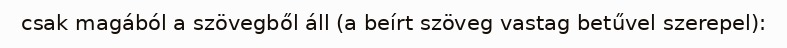
csak magából a szövegből áll (a beírt szöveg vastag betűvel szerepel):